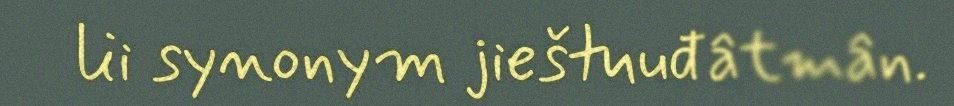
lii synonym jieštuuđâtmân.